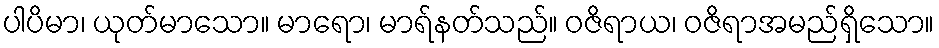
ပါပိမာ၊ ယုတ်မာသော။ မာရော၊ မာရ်နတ်သည်။ ဝဇိရာယ၊ ဝဇိရာအမည်ရှိသော။